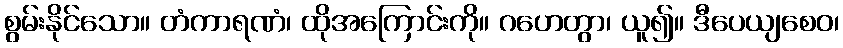
စွမ်းနိုင်သော။ တံကာရဏံ၊ ထိုအကြောင်းကို။ ဂဟေတွာ၊ ယူ၍။ ဒီပေယျစေဝ၊